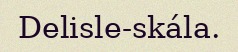
Delisle-skála.